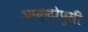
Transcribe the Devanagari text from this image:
आक्टोपुसी